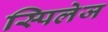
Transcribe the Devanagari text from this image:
स्पिलेज